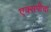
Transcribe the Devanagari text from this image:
एक्सपीचा